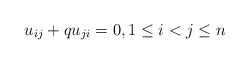
\begin{gather*}u_{ij}+q u_{ji} = 0, 1 \le i < j \le n\end{gather*}